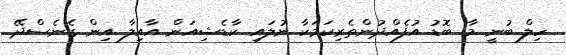
ހިލް ބުނީ މާ ބޮޑު އުފެއްދުންތެރިކަމަކާ ނުލައި ކާޑެޝިއަން އާއިލާ އިން ގެނެސްދޭ